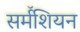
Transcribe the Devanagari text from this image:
सर्मॅशियन